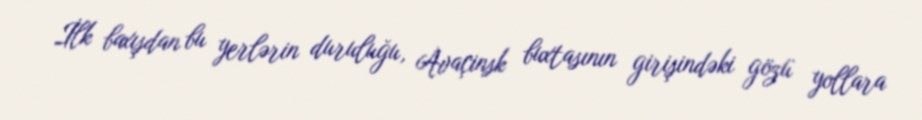
İlk baxışdan bu yerlərin duruluğu, Avaçinsk buxtasının girişindəki gözü yollara